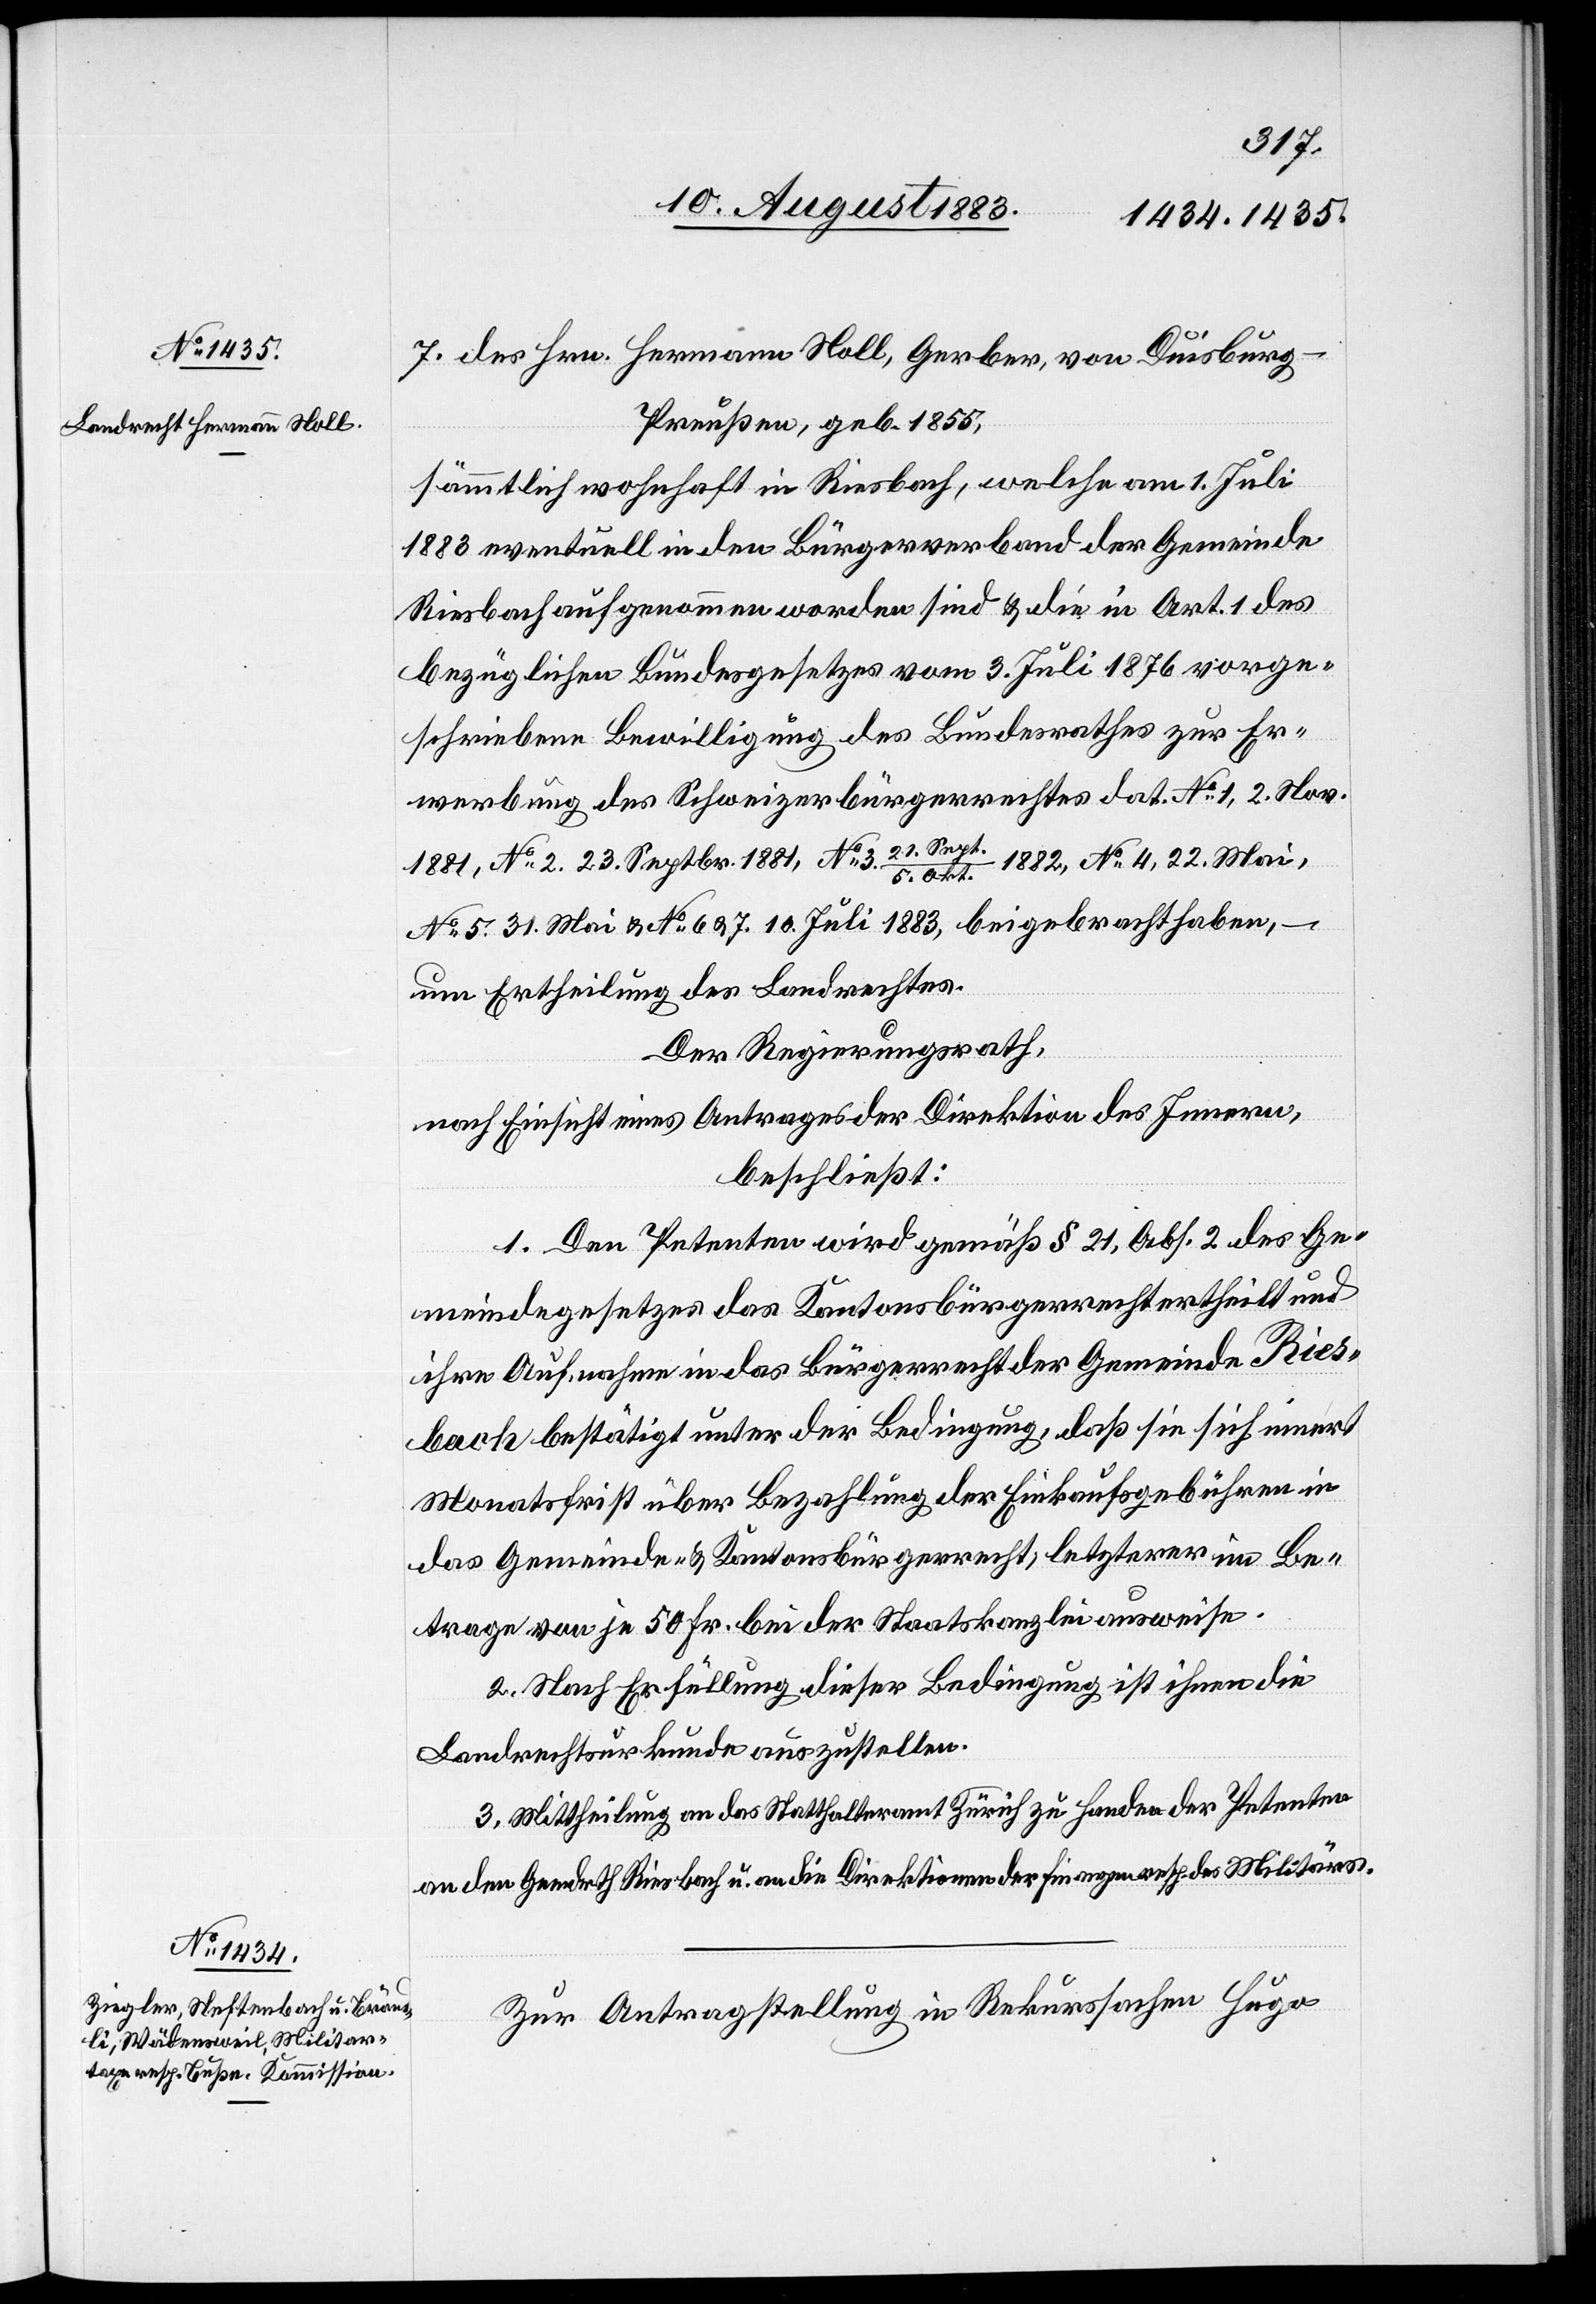
7.
Preußen, geb. 1855,
sämmtlich wohnhaft in Riesbach, welche am 1. Juli
1883 eventuell in den Bürgerverband der Gemeinde
Riesbach aufgenommen worden sind & die in Art. 1 des
bezüglichen Bundesgesetzes vom 3. Juli 1876 vorge¬
schriebene Bewilligung des Bundesrathes zur Er¬
werbung des Schweizerbürgerrechtes dat. No 1, 2. Nov.
1881, No 2. 23. Septbr. 1881, No 3. 21. Sep¬
t./5. Okt. 1882, No 4, 22. Mai,
No 5. 31. Mai & No 6 & 7. 10. Juli 1883, beigebracht habe, –
um Ertheilung des Landrechtes.
Der Regierungsrath,
nach Einsicht eines Antrages der Direktion des Innern,
beschließt:
1. Den Petenten wird gemäß § 21, Abs. 2 des Ge¬
meindegesetzes das Kantonsbürgerrecht ertheilt und
ihre Aufnahme in das Bürgerrecht der Gemeinde Ries¬
bach bestätigt, unter der Bedingung, daß sie sich innert
Monatsfrist über Bezahlung der Einkaufsgebühren in
das Gemeinde- & Kantonsbürgerrecht, letzterer im Be¬
trage von je 50 Fr. bei der Staatskanzlei ausweise[n].
2. Nach Erfüllung dieser Bedingung ist ihnen die
Landrechtsurkunde auszustellen.
3. Mittheilung an das Statthalteramt Zürich zu Handen der Petenten
an den Gemdrth Riesbach u. an die Direktionen der Finanzen resp. des Militärs.
Zur Antragstellung in Rekurssache Hugo